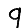
Digit: 9